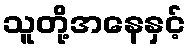
သူတို့အနေနှင့်